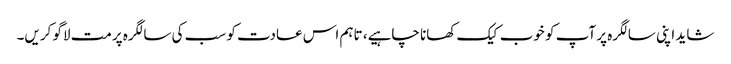
شاید اپنی سالگرہ پر آپ کو خوب کیک کھانا چاہیے، تاہم اس عادت کو سب کی سالگرہ پرمت لاگو کریں۔